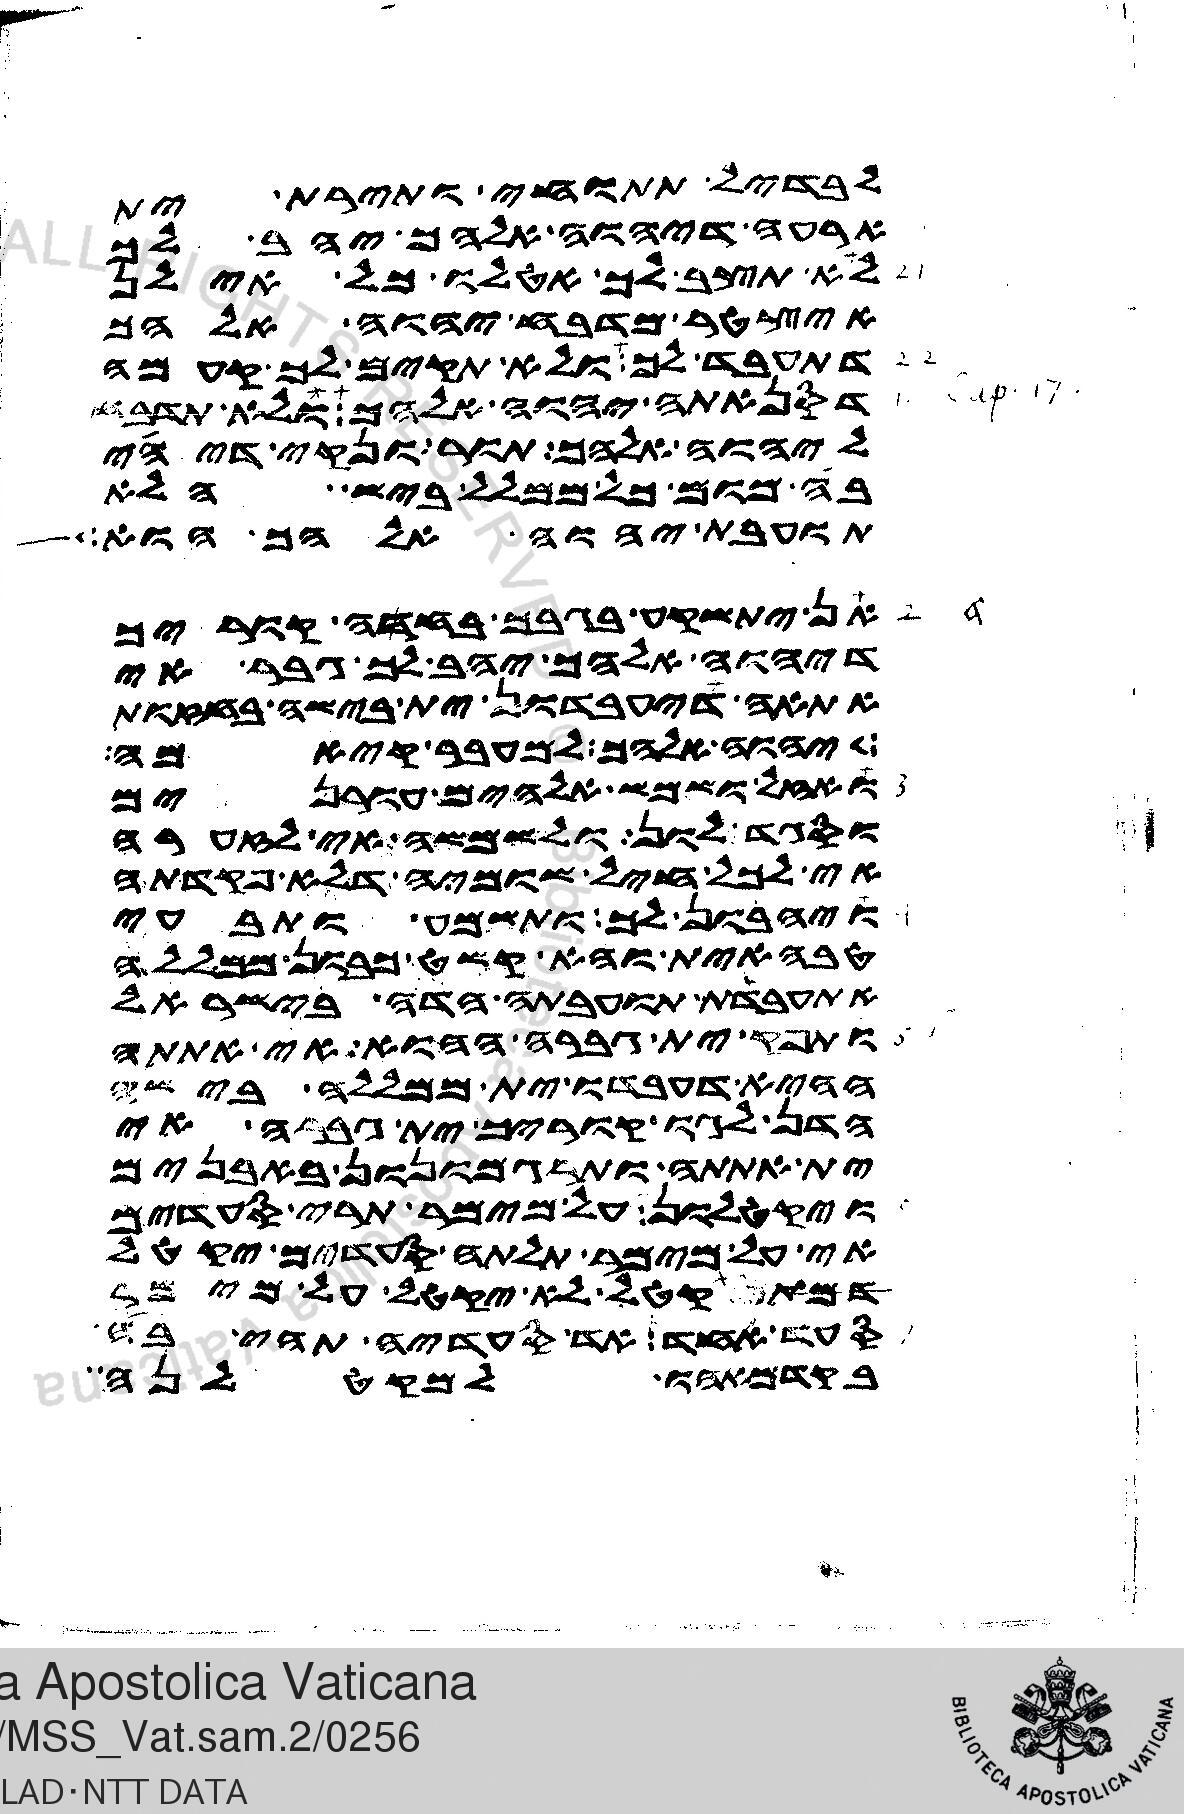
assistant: לבדיל תתוחי ותירת ית
ארעה דיהוה אלהך יהב לך
לא תצב לך אטלו כל אילן
איצטר מדבח יהוה אלהך
דתעבד לך ולא תקים לך קעמה
דסנאתה יהוה אלהך ולא תדבח
ליהוה אלהך תור ונקי דיהי
בה מום כל ממלל ביש הלא
תועבת יהוה אלהך הוא
אן יתשקע בגבך בחדה קוריך
דיהוה אלהך יהב לך גבר אי
אתאה דיעבדון ית בישה בחזות
יהוה אלהך למעבר קיאמה
ואזל ושמש אלהים עורנים
וסגד לון ולשמשה אי לזערה
אי לכל חיל שומיה דלא פקדתה
ויהבון לך ותשמע ותבעי
טבהאית והא קשט כבון ממללה
אתעבדת תועבתה הדה בישראל
ותפק ית גברה ההוא אי ית אתתה
ההיא דעבדו ית ממללה בישה
הדן לגו קוריך ית גברה אי
ית אתתה ותרגמונון באבנים
ויקטלון על מימר תרי סעדים
אי על מימר תלתה סעדים יקטל
דמתקטל לא יקטל על מימר
סעד אחד אד סעדיה תהי בה
בקדמאהו למקטלנה